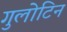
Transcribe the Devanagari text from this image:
गुलोटिन